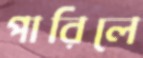
পারিলে